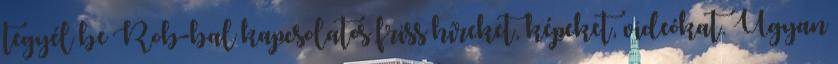
tegyél be Rob-bal kapcsolatos friss híreket, képeket, videókat. Ugyan